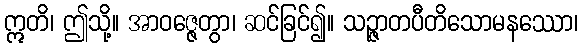
ဣတိ၊ ဤသို့။ အာဝဇ္ဇေတွာ၊ ဆင်ခြင်၍။ သဉ္ဇာတပီတိသောမနဿော၊